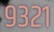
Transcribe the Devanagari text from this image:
९३२१